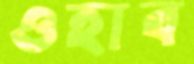
ওহাব